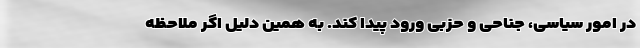
در امور سیاسی، جناحی و حزبی ورود پیدا کند. به همین دلیل اگر ملاحظه